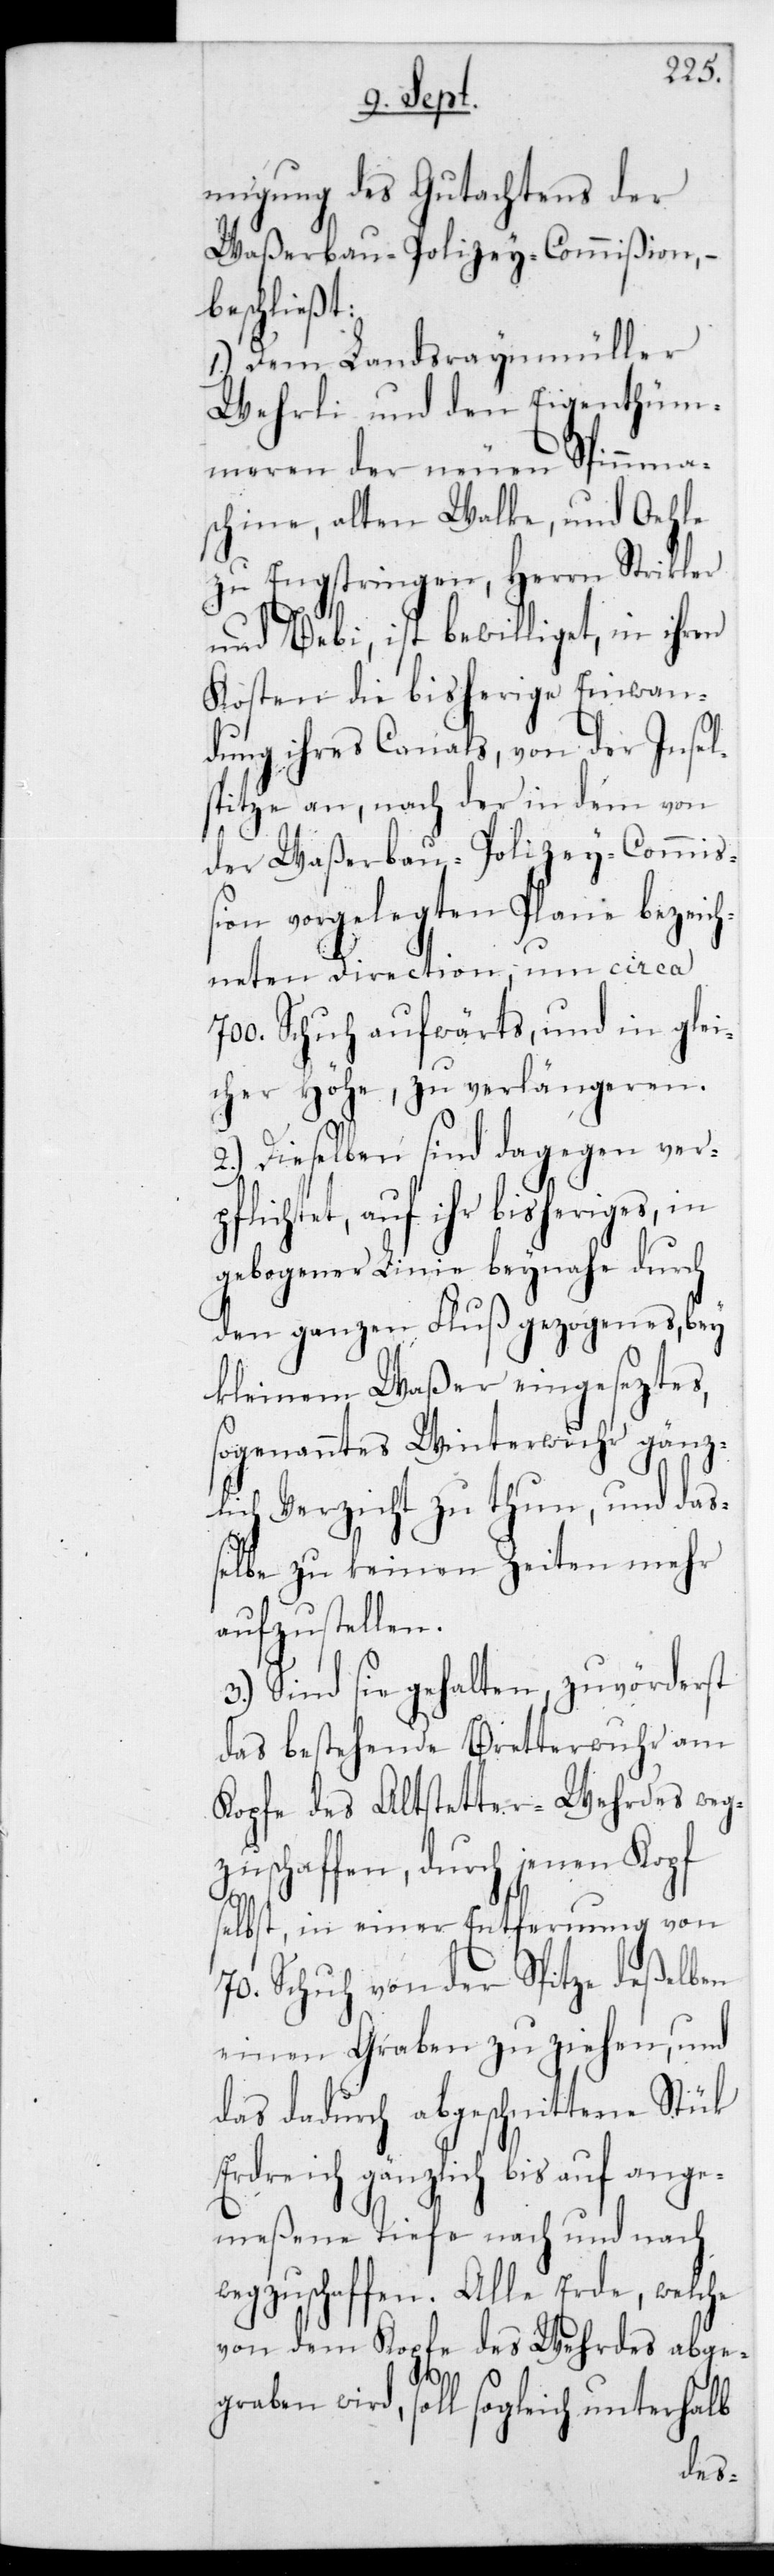
migung des Gutachtens der
Waßerbau-Polizey-Commißion, –
beschließt:
1.) Dem Landsraynmüller
Wehrli und den Eigenthüm¬
meren der neuen Spinnma¬
schine, alten Walke und Oehle
zu Engstringen, Herrn Strikler
und Bebi, ist bewilliget, in ihren
Kösten die bisherige Einwan¬
dung ihres Canals, von der Insel¬
spitze an, nach der in dem von
der Waßerbau-Polizey-Commiß¬
ion vorgelegten Plane bezeic¬
hneten Direction, um circa
700 Schuh aufwärts, und in glei¬
cher Höhe, zu verlängeren.
2.) Dieselben sind dagegen verp¬
flichtet, auf ihr bisheriges, in
gebogener Linie beynahe durch
den ganzen Fluss gezogenes, bey
kleinem Waßer eingeseztes,
sogenanntes Winterwuhr gänz¬
lich Verzicht zu thun, und daß¬
elbe zu keinen Zeiten mehr
aufzustellen.
3.) Sind sie gehalten, zuvörderst
das bestehende Bretterwuhr am
Kopfe des Altstetter-Wehrdes weg¬
zuschaffen, durch jenen Kopf
selbst, in einer Entfernung von
70 Schuh von der Spitze deßelben
einen Graben zu ziehen, und
das dadurch abgeschnittene Stück
Erdreich gänzlich bis auf ange¬
meßene Tiefe nach und nach
wegzuschaffen. Alle Erde, welche
von dem Kopfe des Wehrdes abgeg¬
raben wird, soll sogleich unterhalb